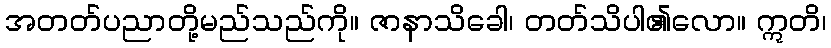
အတတ်ပညာတို့မည်သည်ကို။ ဇာနာသိခေါ၊ တတ်သိပါ၏လော။ ဣတိ၊